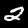
Label: 2